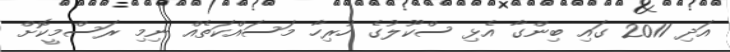
އަދި 2011 ގައި ބިންގާ އެޅި ސްކޫލުގެ ހުރިހާ މަސައްކަތެއް ނިމި ރަސްމީކޮށް